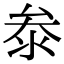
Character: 𭆞